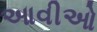
આવીઓ